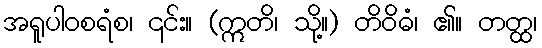
အရူပါဝစရံစ၊ ၎င်း။ (ဣတိ၊ သို့။) တိဝိဓံ၊ ၏။ တတ္ထ၊